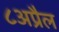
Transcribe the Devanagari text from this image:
८अप्रैल